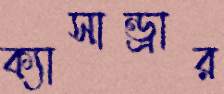
ক্যাসান্ড্রার